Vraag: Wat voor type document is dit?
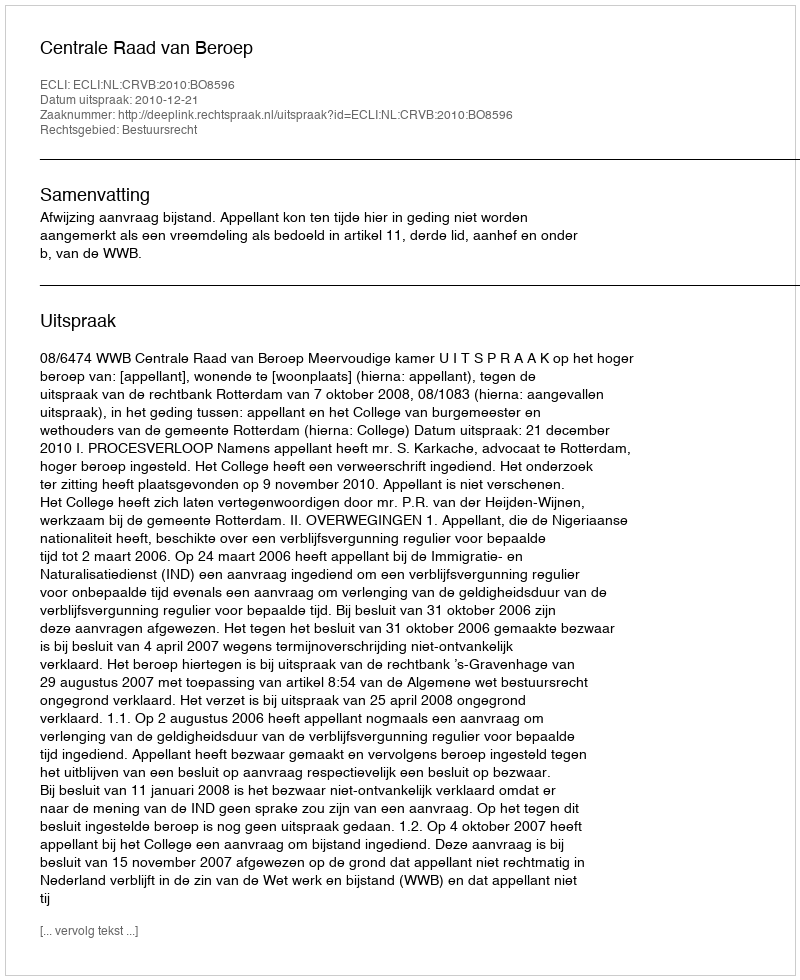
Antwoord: Uitspraak